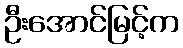
ဦးအောင်မြင့်က